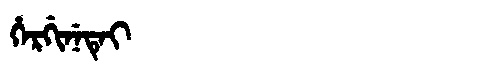
Manchu: ᡥᡝᡵᡤᡳᠨᡝᡨᡝᡳ
Romanization: HERGINETEI